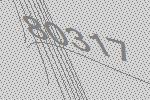
80317